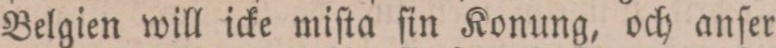
Belgien will icke miſta ſin Konung, och anſer